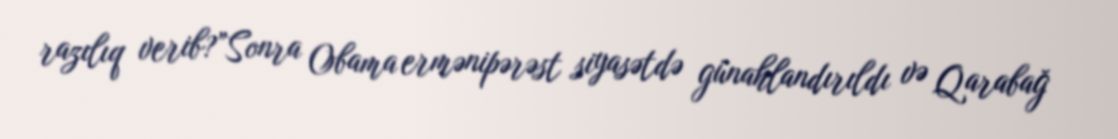
razılıq verib?”Sonra Obama ermənipərəst siyasətdə günahlandırıldı və Qarabağ